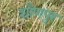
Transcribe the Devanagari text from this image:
शौणपुर